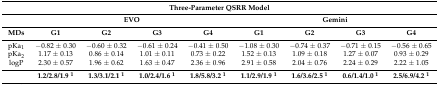
| <COLSPAN=9> Three-Parameter QSRR Model |
 |  | <COLSPAN=4> EVO | <COLSPAN=4> Gemini |
 | MDs | G1 | G2 | G3 | G4 | G1 | G2 | G3 | G4 |
 | --- | --- | --- | --- | --- | --- | --- | --- | --- |
 | pKa1 | −0.82 ± 0.30 | −0.60 ± 0.32 | −0.61 ± 0.24 | −0.41 ± 0.50 | −1.08 ± 0.30 | −0.74 ± 0.37 | −0.71 ± 0.15 | −0.56 ± 0.65 |
 | pKa2 | 1.17 ± 0.13 | 0.86 ± 0.14 | 1.01 ± 0.11 | 0.73 ± 0.22 | 1.52 ± 0.13 | 1.09 ± 0.18 | 1.27 ± 0.07 | 0.93 ± 0.29 |
 | logP | 2.30 ± 0.57 | 1.96 ± 0.62 | 1.63 ± 0.47 | 2.36 ± 0.96 | 2.91 ± 0.58 | 2.04 ± 0.76 | 2.24 ± 0.29 | 2.22 ± 1.05 |
 |  | 1.2/2.8/1.9 1 | 1.3/3.1/2.1 1 | 1.0/2.4/1.6 1 | 1.8/5.8/3.2 1 | 1.1/2.9/1.9 1 | 1.6/3.6/2.5 1 | 0.6/1.4/1.0 1 | 2.5/6.9/4.2 1 |